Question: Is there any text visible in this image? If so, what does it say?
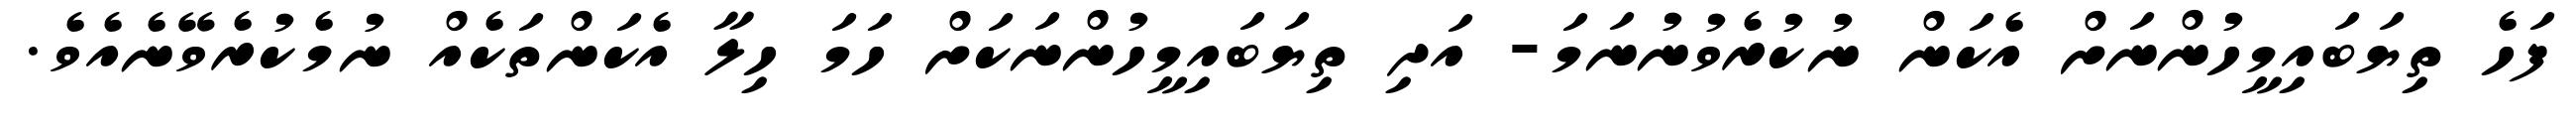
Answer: ފަހެ ތިޔަބައިމީހުންނަށް އެކަން ނުކުރެވުނުނަމަ- އަދި ތިޔަބައިމީހުންނަކަށް ހަމަ ހިލާ އެކަންތަކެއް ނުމެކުރެވޭނެއެވެ.